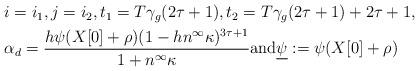
LaTeX: \begin{align*} \begin{aligned}& i=i_1, j=i_2, t_1=T\gamma_g(2\tau+1), t_2=T\gamma_g(2\tau+1)+2\tau+1, \\& \alpha_d= \frac{h\psi(X[0] + \rho) (1-hn^{\infty} \kappa)^{3\tau+1}}{1+ n^{\infty} \kappa} \mbox{and} \underline{\psi} :=\psi(X[0] + \rho)\end{aligned}\end{align*}